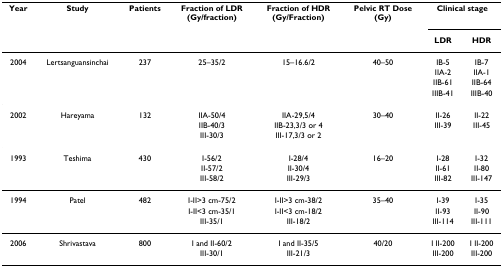
<table><thead><tr><td><b>Year</b></td><td><b>Study</b></td><td><b>Patients</b></td><td><b>Fraction of LDR(Gy/fraction)</b></td><td><b>Fraction of HDR(Gy/Fraction)</b></td><td><b>Pelvic RT Dose(Gy)</b></td><td colspan="2"><b>Clinical stage</b></td></tr><tr><td></td><td></td><td></td><td></td><td></td><td></td><td><b>LDR</b></td><td><b>HDR</b></td></tr></thead><tbody><tr><td>2004</td><td>Lertsanguansinchai</td><td>237</td><td>25–35/2</td><td>15–16.6/2</td><td>40–50</td><td>IB-5</td><td>IB-7</td></tr><tr><td></td><td></td><td></td><td></td><td></td><td></td><td>IIA-2</td><td>IIA-1</td></tr><tr><td></td><td></td><td></td><td></td><td></td><td></td><td>IIB-61</td><td>IIB-64</td></tr><tr><td></td><td></td><td></td><td></td><td></td><td></td><td>IIIB-41</td><td>IIIB-40</td></tr><tr><td>2002</td><td>Hareyama</td><td>132</td><td>IIA-50/4</td><td>IIA-29,5/4</td><td>30–40</td><td>II-26</td><td>II-22</td></tr><tr><td></td><td></td><td></td><td>IIB-40/3</td><td>IIB-23,3/3 or 4</td><td></td><td>III-39</td><td>III-45</td></tr><tr><td></td><td></td><td></td><td>III-30/3</td><td>III-17,3/3 or 2</td><td></td><td></td><td></td></tr><tr><td>1993</td><td>Teshima</td><td>430</td><td>I-56/2</td><td>I-28/4</td><td>16–20</td><td>I-28</td><td>I-32</td></tr><tr><td></td><td></td><td></td><td>II-57/2</td><td>II-30/4</td><td></td><td>II-61</td><td>II-80</td></tr><tr><td></td><td></td><td></td><td>III-58/2</td><td>III-29/3</td><td></td><td>III-82</td><td>III-147</td></tr><tr><td>1994</td><td>Patel</td><td>482</td><td>I-II&gt;3 cm-75/2</td><td>I-II&gt;3 cm-38/2</td><td>35–40</td><td>I-39</td><td>I-35</td></tr><tr><td></td><td></td><td></td><td>I-II&lt;3 cm-35/1</td><td>I-II&lt;3 cm-18/2</td><td></td><td>II-93</td><td>II-90</td></tr><tr><td></td><td></td><td></td><td>III-35/1</td><td>III-18/2</td><td></td><td>III-114</td><td>III-111</td></tr><tr><td>2006</td><td>Shrivastava</td><td>800</td><td>I and II-60/2</td><td>I and II-35/5</td><td>40/20</td><td>I II-200</td><td>I II-200</td></tr><tr><td></td><td></td><td></td><td>III-30/1</td><td>III-21/3</td><td></td><td>III-200</td><td>III-200</td></tr></tbody></table>